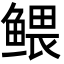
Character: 鳂